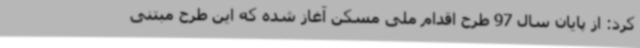
کرد: از پایان سال 97 طرح اقدام ملی مسکن آغاز شده که این طرح مبتنی